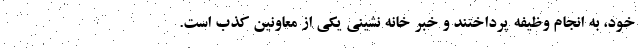
خود، به انجام وظیفه پرداختند و خبر خانه نشینی یکی از معاونین کذب است.